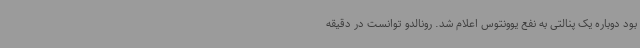
بود دوباره یک پنالتی به نفع یوونتوس اعلام شد. رونالدو توانست در دقیقه